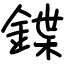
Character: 鍱